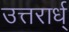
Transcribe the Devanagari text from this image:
उत्तरार्ध्